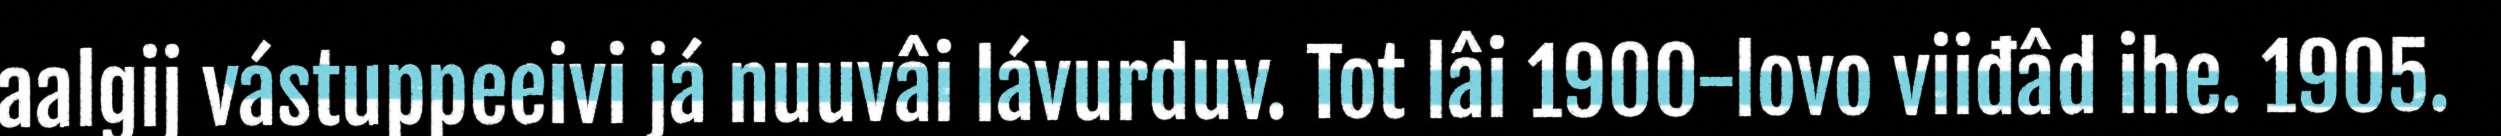
aalgij vástuppeeivi já nuuvâi lávurduv. Tot lâi 1900-lovo viiđâd ihe. 1905.